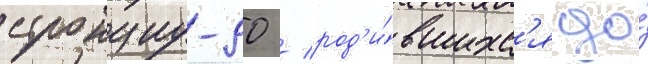
стронциу-90 / род'и́вшихс'я до́